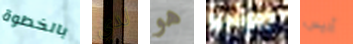
بالخطوة لدي هو بالراديو أليس